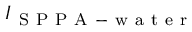
I _ { \mathrm { ~ S ~ P ~ P ~ A ~ - ~ w ~ a ~ t ~ e ~ r ~ } }